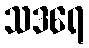
သဒရေ